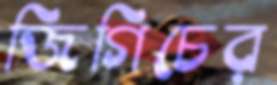
জিগিচের